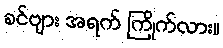
ခင်ဗျား အရက် ကြိုက်လား။